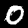
Label: 0